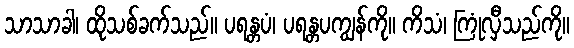
သာသာခါ၊ ထိုသစ်ခက်သည်။ ပရန္တပံ၊ ပရန္တပကျွန်ကို။ ကိသံ၊ ကြုံလှီသည်ကို။